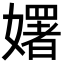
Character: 𡣈